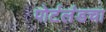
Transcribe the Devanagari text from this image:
पोर्टलंडचा